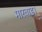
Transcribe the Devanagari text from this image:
मारवाड।